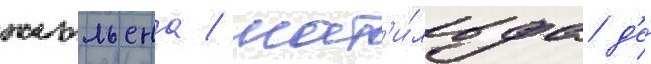
жюльена / мат'и́льда д'е́